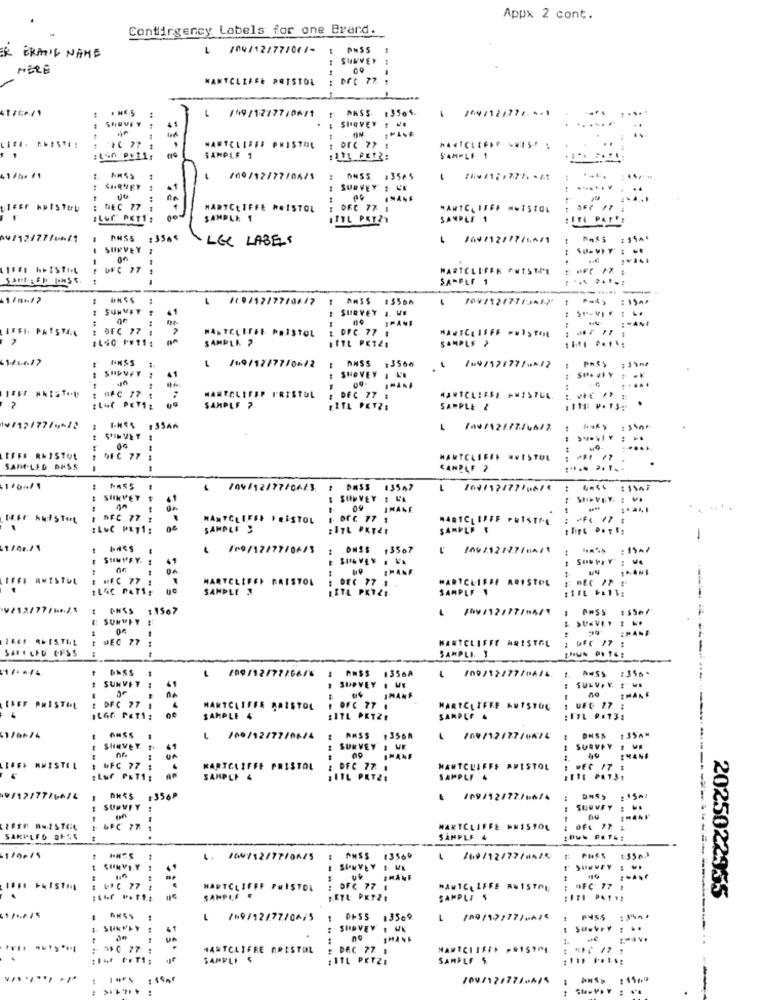
Appx 2 cont.
Contingency Labels for one Brard.
/04/12/77/061-
ER ERATIL NAME
I SURVEY
..
MERE
MANTCLIFFE BRISTOL
1041121771. 5.1
1 /49/12/7710671 ; ANSS 13504.
41
SURVEY . ..
.
NARTCLIFFE PHISTOL
SAMPLE 1
SAMPLE 1
/00/12/77/06/1
: ONS5 93565
1
SHONEY
41
I SURVEY'S UN
yleEr hpISTEU
: DEC 77
1
HARTCLIFFE ** ISTOL
DFC 77 1
MARTCLIFFE MWISTOL
SAMPLE 1
SAMPLE 1
NU/12/77/1-6/1
nHSS
:3564
LGC LABELS
/00/12/27/14/1
SURVEY
--
HARTCLIFFE FRISTPE
---
S.A-PEF 1
... .....
/19/12/7710417
SUMMIT
41
I SURVEY I. WE
--
IFFI. PATSTAN
HASTCLIFFE PRISTOL
1. OFC. 77 .
1440 PM11:
SAMMLA ?
SAMPLE >
-1100.17
: ANSS :3564
1091121771-12
SURVEY
1/10/17/77/0612
41
: SHOVEY , L'I
.....
MANTELIFEP FRISTUL
: DEC 77 :
HARTCLEESE PMISTEL.
SAMPLE ?
#RTL PETZE
SAMPLE &
19112477/4*12
/09/121.77/06/2
EFFE ALISTUL
DE C 77
HANTCLIFFE ANISTOL
SAME LED DESS
CANELF ?
/04/12/77/0623
DASS 13547
1171776/
I SURVEY
41
: SURVEY : L'A
SURVEY. : V.
09
IMANE.
DET huisto
---
NFC 77
.
HANTCLIFFE FRISTOL
1. orC 77 1
----
MARTCLIFFF PRISTML
: LUC PRT1:
0&
SAMPLE S
SAMPLE F
-
11/06./1
1
/09/12/77/04/3
13567
44
41
E SUAVEY
04
IFSH ANISTUL
: HEC 77 !
- -
MARTCLEFEN BRISTOL
DEC 77 1
MARTCLIFFE ARISTOL
IL4C PATIE
SAMPLE 3
LETL PRIZE
SAMPLE 1
V/12/77 /16./.\
I OHSS :1567
/10/12/17/05/\
SURVEY
E SUAVEY . ..
HANS
DEC 27 :
HARTCLIFFE ARISTOL
: MFC 77 :
SAFE LAU CESS
SAMPLI. T
1/. . /4.
/09/12/77266/8
: ANSS 1356A
/09/12/77706/4. 1. 855 :356*
! SURVEY
41
I SURVEY . UE
SULVAN ! WE
IMANE
IMANE
CHEF PRISTIL
: DFC 77 1
--
HARTCLIFFE BRISTOL
. OFC 77
HARTCLIFEF ANTSTOG
: UFC 77 :
ILGE PET1:
SAMPLE 4
:1TL PETZE
SAMPLE
1/66-74
1 /00/12/77/06/4
#356A
1
/09/12177/6674
# DASS :35AM
& SHaveY
41
SURVEY
1 SURVEY , WE
IMANE
1.
--
1 bFC 77
.
KARTCLIFFE PRISTOL
DFC 77. 1
MANTCLIFFE AMISTOL
SAMPLE 4
ITL PRTZI
SAMPLE 4
9/1277726614
$356₽
/09/12/7716674
SUMVFY
SURVEY : W.
----
UPC 77
MARTCLIFFE AMISTOL
SAKPLED DESS
SAMPLE 4
11/0015
1. 100/12/77/06/5
: ANSS 13569
CONVEY
1 SURVEY E WA
44
IMANE
44
VFC 77 :
HADTCLIFFE PRISTOL
: DFC 77 .
HARTCLIFFE ANISTON
: MFC 77 1
2025022935
SAMPLE .
KETL PKTZE
SAMPLE S
L /*9/12/77/04/5
-
13500
100/17177/04/
1. SURVEY
SURVEY I UK
u.
no
+36 77 :
HARTCLIFRE BRISTOL
: DEC 77 1
:111 PKTZE
SAMPLE S.